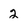
Character: 2